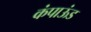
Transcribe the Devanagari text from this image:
कंपाऊंड